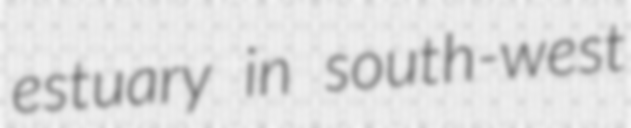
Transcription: estuary in south-west